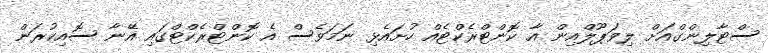
ސްޓާލިންގްއަށް ލިވަޕޫލްއިން އާ ކޮންޓްރެކްޓެއް ހުށައެޅި ނަމަވެސް އެ ކޮންޓްރެކްޓްގައި އޭނާ ސޮއިކުރަން